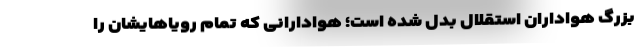
بزرگ هواداران استقلال بدل شده است؛ هوادارانی که تمام رویاهایشان را